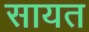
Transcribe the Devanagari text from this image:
सायत